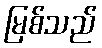
မြစ်သည်